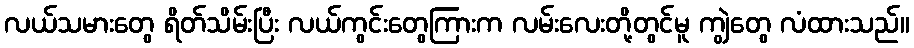
လယ်သမားတွေ ရိတ်သိမ်းပြီး လယ်ကွင်းတွေကြားက လမ်းလေးတို့တွင်မူ ကျွဲတွေ လံထားသည်။